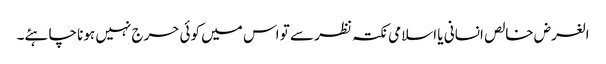
الغرض خالص انسانی یا اسلامی نکتہ نظر سے تو اس میں کوئی حرج نہیں ہونا چاہئے۔